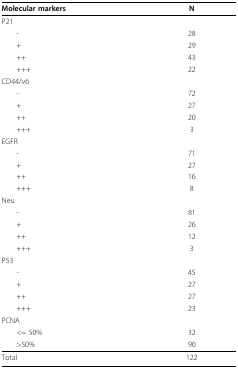
<table><thead><tr><td><b>Molecular markers</b></td><td><b>N</b></td></tr></thead><tbody><tr><td>P21</td><td></td></tr><tr><td> -</td><td>28</td></tr><tr><td> +</td><td>29</td></tr><tr><td> ++</td><td>43</td></tr><tr><td> +++</td><td>22</td></tr><tr><td>CD44/v6</td><td></td></tr><tr><td> -</td><td>72</td></tr><tr><td> +</td><td>27</td></tr><tr><td> ++</td><td>20</td></tr><tr><td> +++</td><td>3</td></tr><tr><td>EGFR</td><td></td></tr><tr><td> -</td><td>71</td></tr><tr><td> +</td><td>27</td></tr><tr><td> ++</td><td>16</td></tr><tr><td> +++</td><td>8</td></tr><tr><td>Neu</td><td></td></tr><tr><td> -</td><td>81</td></tr><tr><td> +</td><td>26</td></tr><tr><td> ++</td><td>12</td></tr><tr><td> +++</td><td>3</td></tr><tr><td>P53</td><td></td></tr><tr><td> -</td><td>45</td></tr><tr><td> +</td><td>27</td></tr><tr><td> ++</td><td>27</td></tr><tr><td> +++</td><td>23</td></tr><tr><td>PCNA</td><td></td></tr><tr><td> &lt;= 50%</td><td>32</td></tr><tr><td> &gt;50%</td><td>90</td></tr><tr><td>Total</td><td>122</td></tr></tbody></table>